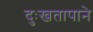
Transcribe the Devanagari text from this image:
दुःखतापाने